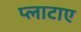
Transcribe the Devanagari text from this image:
प्लाटाए